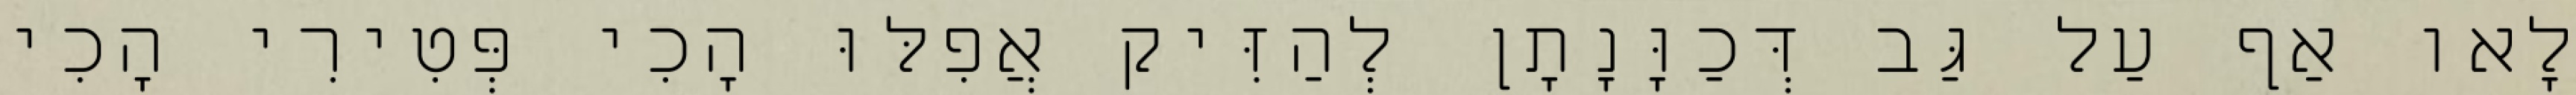
לָאו אַף עַל גַּב דְּכַוָּנָתָן לְהַזִּיק אֲפִלּוּ הָכִי פְּטִירִי הָכִי